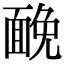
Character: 𩈦